Jaan_Tonisson_(Lasteleht), lk 123
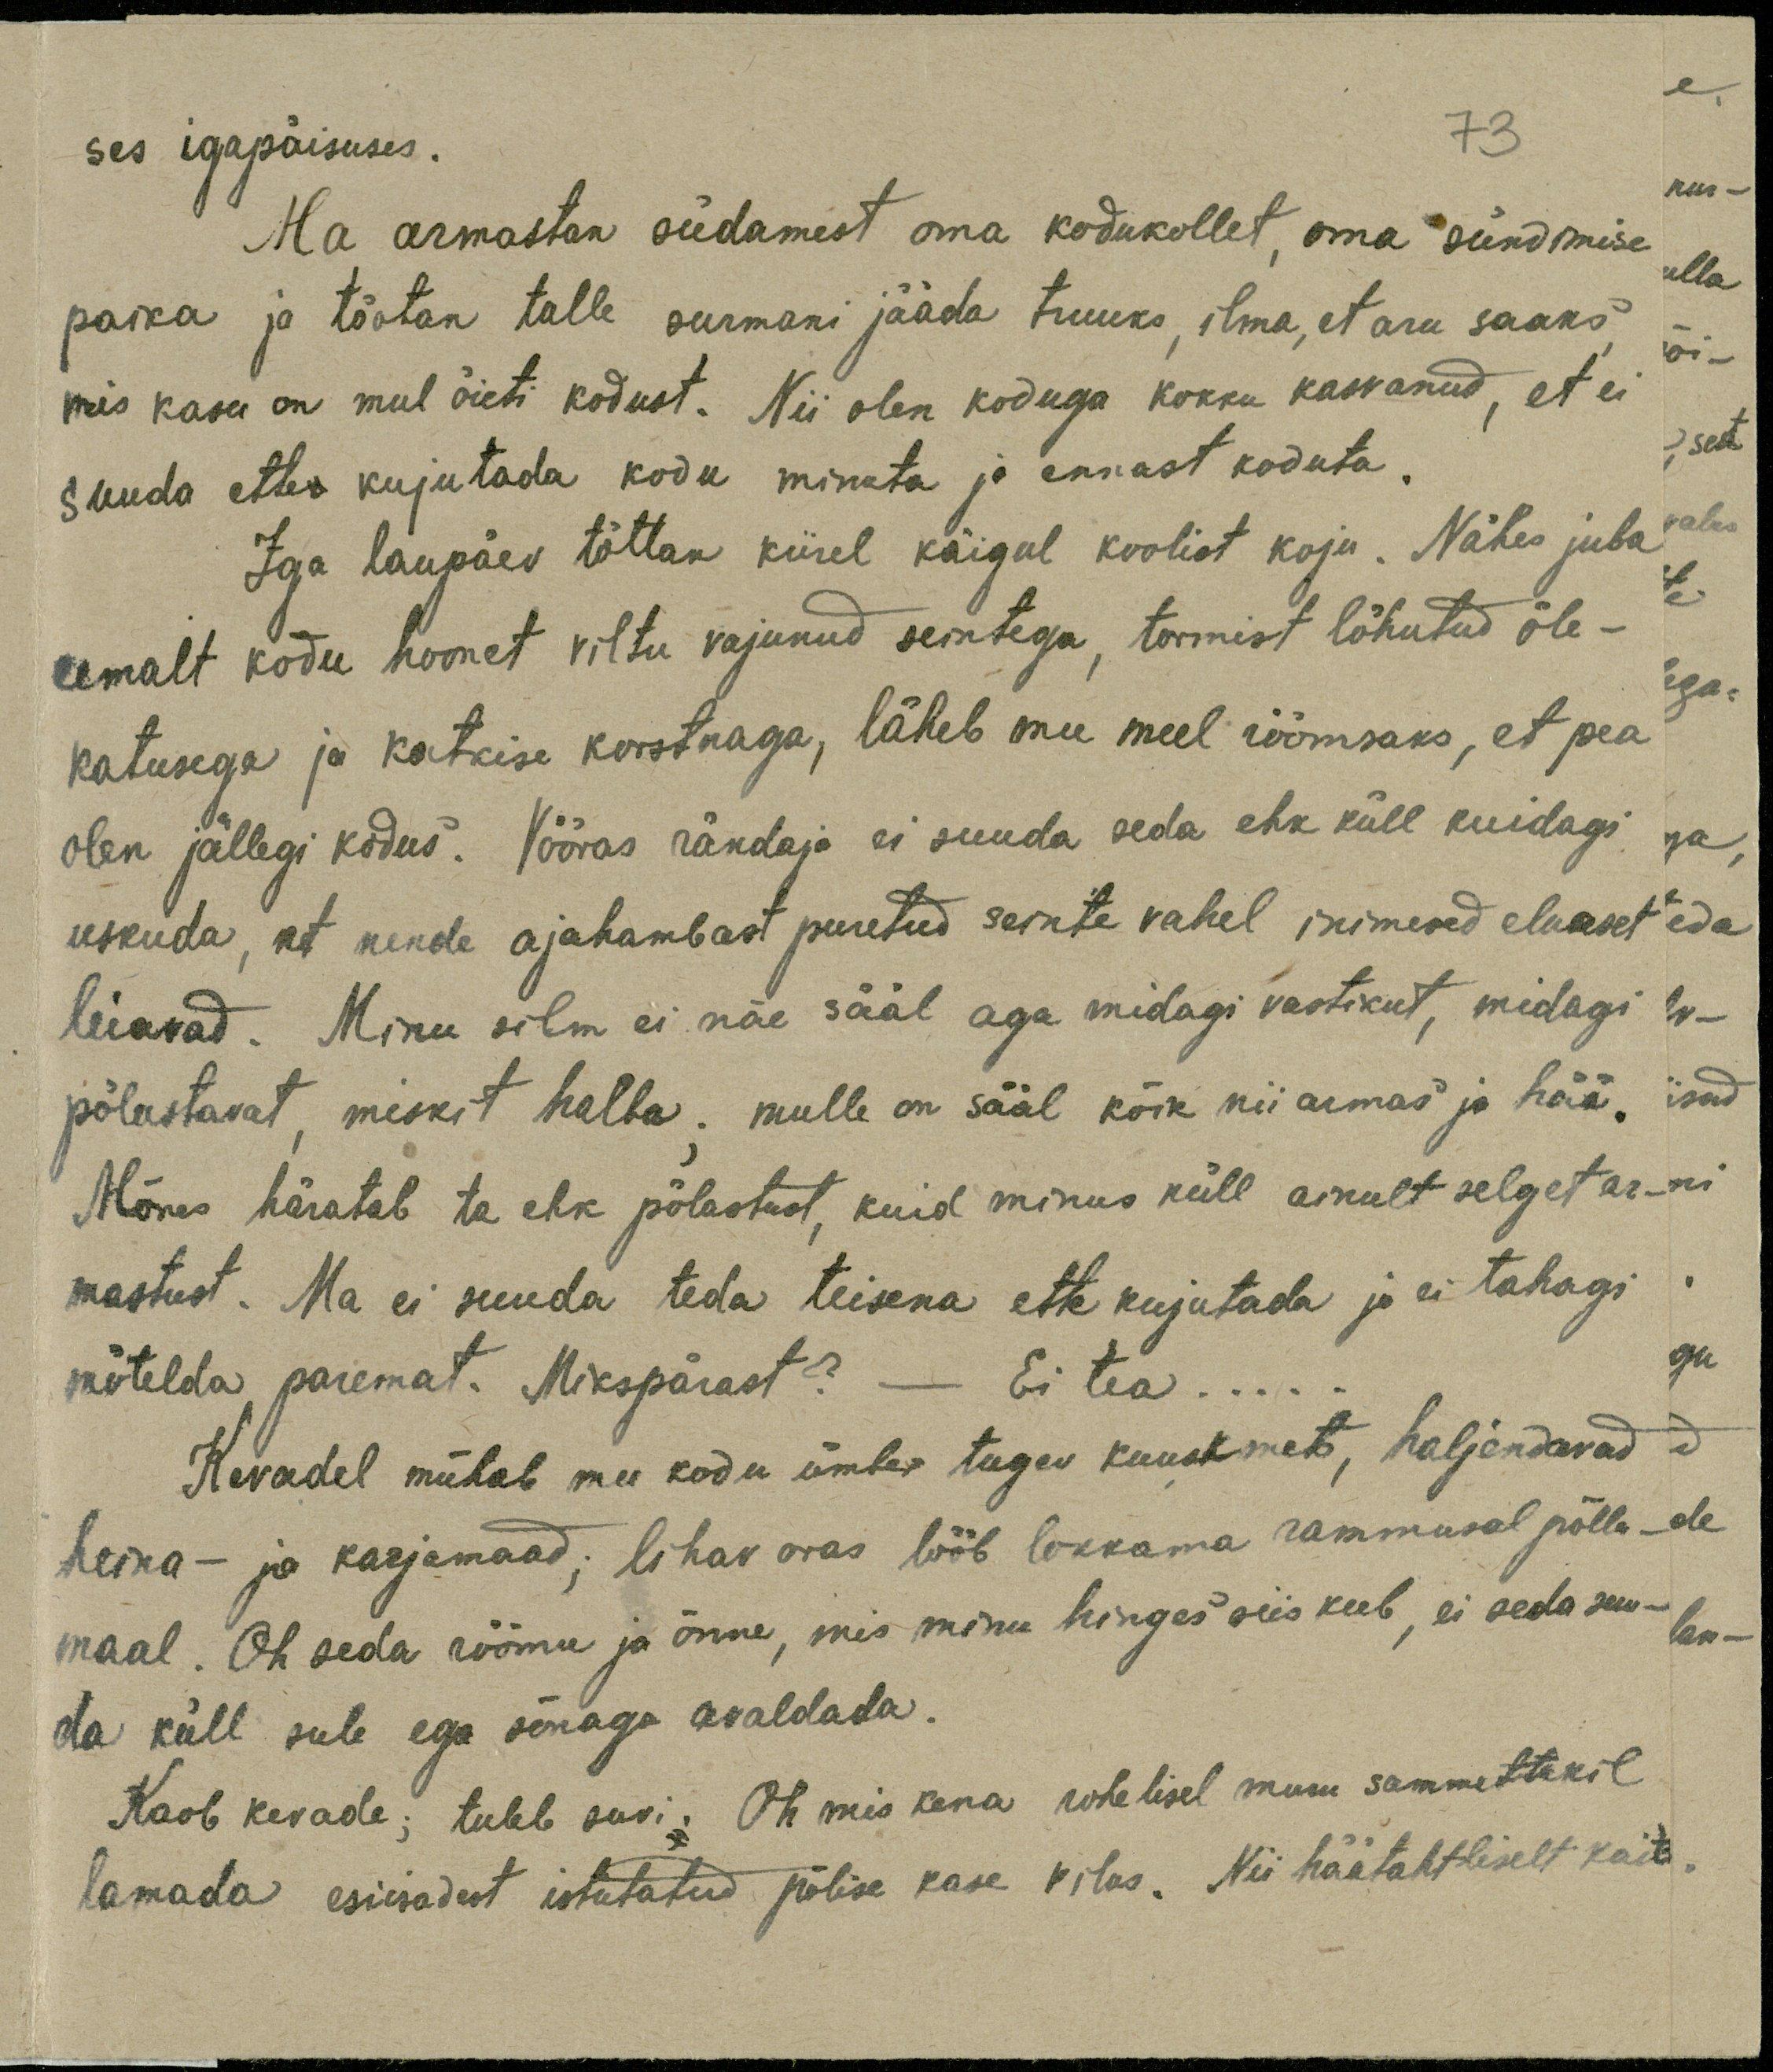
ses igapäisuses.
73
Ma armastan südamest oma kodukollet oma sündmise
paika ja tõotan talle surmani jääda truuks, ilma, et aru saaks
mis kasu on mul õieti kodust. Nii olen koduga kokku kasvanud, et ei
suuda ettev kujutada kodu minuta ja ennast koduta.
Iga laupäev tõttan kiirel käigul koolist koju. Nähes juba
eemalt kodu hoonet viltu vajunud seintega, tormist lõhutud õle-
katusega ja katkise korstnaga, läheb mu meel rõõmsaks, et pea
olen jällegi kodus. Võõras rändaja ei suuda seda ehk küll kuidagi
uskuda, et nende ajahambast puretud seinte vahel inimesed eluaset
leiavad. Minu silm ei näe sääl aga midagi vastikut, midagi
põlastavat, miskit halba; mulle on sääl kõik nii armas ja hää.
Mõnes häratab ta ehk põlastust, kuid minus küll ainult selget ar-
mastust. Ma ei suuda teda teisena ette kujutada ja ei tahagi
mõtelda paremat. Mikspärast? - Ei tea...
heina- ja karjamaad; lihav oras lööb lokkama rammusal põllu-
maal. Oh seda rõõmu ja õnne, mis minu hinges siis keeb, ei seda suu-
Kevadel mühab mu kodu ümber tugev kuuskmets, haljendavad
da küll sule ega sõnaga avaldada.
Kaob kevade; tuleb suvi. Oh mis kena rohelisel muru sammettekil
lamada esiisadest istutatud põlise kase vilus. Nii häätahtliselt kait-